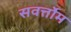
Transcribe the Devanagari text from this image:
सवर्त्तोम